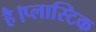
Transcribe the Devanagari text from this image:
है।प्लास्टिक